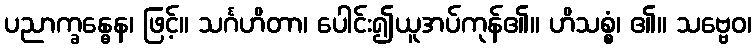
ပညာက္ခန္ဓေန၊ ဖြင့်။ သင်္ဂဟိတာ၊ ပေါင်း၍ယူအပ်ကုန်၏။ ဟိသစ္စံ၊ ၏။ သဗ္ဗေဝ၊